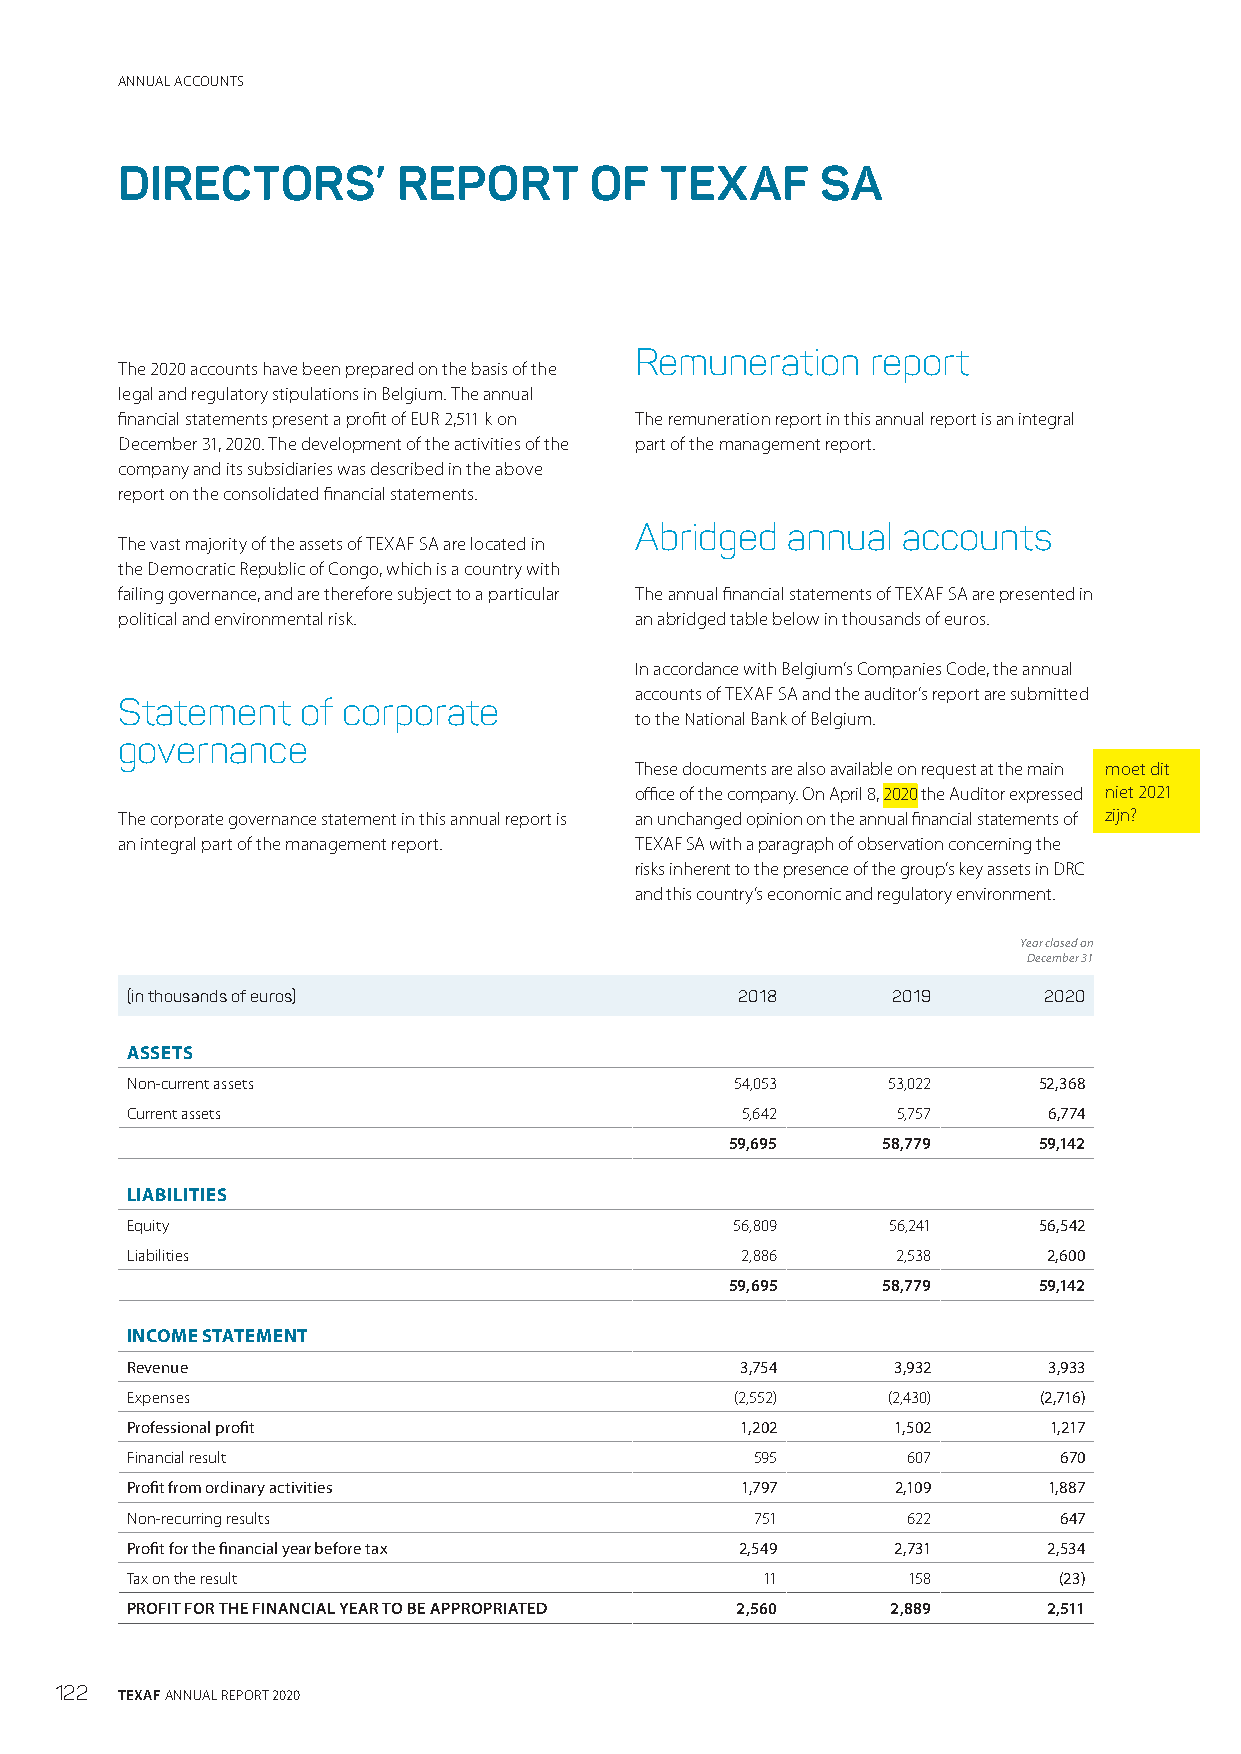
ANNUAL ACCOUNTS
 DIRECTORS’        REPORT       OF   TEXAF     SA
 Remuneration    report
 The 2020 accounts have been prepared on the basis of the
 legal and regulatory stipulations in Belgium. The annual
 financial statements present a profit of EUR 2,511 k on The remuneration report in this annual report is an integral
 December 31, 2020. The development of the activities of the part of the management report.
 company and its subsidiaries was described in the above
 report on the consolidated financial statements.
 Abridged  annual  accounts
 The vast majority of the assets of TEXAF SA are located in
 the Democratic Republic of Congo, which is a country with
 failing governance, and are therefore subject to a particular The annual financial statements of TEXAF SA are presented in
 political and environmental risk. an abridged table below in thousands of euros.
 In accordance with Belgium’s Companies Code, the annual
 accounts of TEXAF SA and the auditor’s report are submitted
 Statement   of corporate
 to the National Bank of Belgium.
 governance
 These documents are also available on request at the main moet dit
 office of the company. On April 8, 2020 the Auditor expressed niet 2021
 The corporate governance statement in this annual report is an unchanged opinion on the annual financial statements of zijn?
 an integral part of the management report. TEXAF SA with a paragraph of observation concerning the
 risks inherent to the presence of the group’s key assets in DRC
 and this country’s economic and regulatory environment.
 Year closed on
 December 31
 (in thousands of euros)                  2018      2019      2020
 ASSETS
 Non-current assets                       54,053    53,022    52,368
 Current assets                           5,642     5,757     6,774
 59,695    58,779     59,142
 LIABILITIES
 Equity                                  56,809     56,241    56,542
 Liabilities                              2,886     2,538     2,600
 59,695    58,779     59,142
 INCOME STATEMENT
 Revenue                                  3,754     3,932     3,933
 Expenses                                 (2,552)   (2,430)   (2,716)
 Professional profit                      1,202     1,502     1,217
 Financial result                          595       607       670
 Profit from ordinary activities          1,797     2,109     1,887
 Non-recurring results                     751       622       647
 Profit for the financial year before tax 2,549     2,731     2,534
 Tax on the result                         11        158       (23)
 PROFIT FOR THE FINANCIAL YEAR TO BE APPROPRIATED 2,560 2,889 2,511
 122 TEXAF ANNUAL REPORT 2020